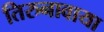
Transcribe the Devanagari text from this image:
तिरुनावाया